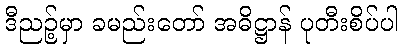
ဒီညဉ့်မှာ ခမည်းတော် အဓိဋ္ဌာန် ပုတီးစိပ်ပါ